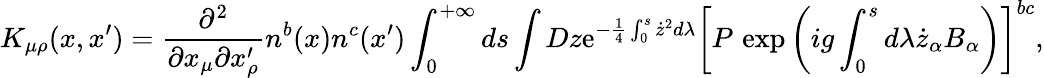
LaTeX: K_{\mu\rho}(x,x^{\prime})=\frac{\partial^{2}}{\partial x_{\mu}\partial x_{\rho}^{\prime}}n^{b}(x)n^{c}(x^{\prime})\int_{0}^{+\infty}ds\int Dz\mathrm{e}^{-\frac 14\int_{0}^{s}\dot{z}^{2}d\lambda}\left[P{\, }\exp\left(ig\int_{0}^{s}d\lambda\dot{z}_{\alpha}B_{\alpha}\right)\right]^{bc},